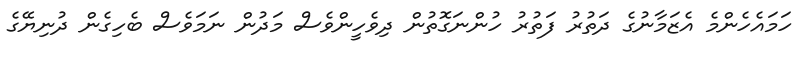
ހަމައެހެންމެ އެޒަމާނުގެ ދަތުރު ފަތުރު ހުންނަގޮތުން ދިވެހީންވެސް މަދުން ނަމަވެސް ބެހިގެން ދުނިޔޭގެ